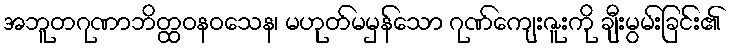
အဘူတဂုဏာဘိတ္ထဝနဝသေန၊ မဟုတ်မမှန်သော ဂုဏ်ကျေးဇူးကို ချီးမွမ်းခြင်း၏